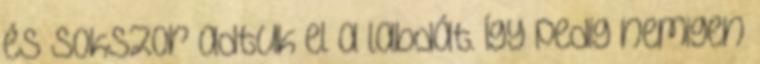
és sokszor adtuk el a labdát. Így pedig nemigen